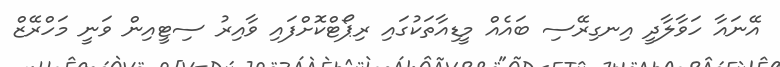
އޭނައާ ހަވާލާދީ އިނގިރޭސި ބައެއް މީޑިއާތަކުގައި ރިޕޯޓްކޮށްފައި ވާއިރު ސިޓީއިން ވަނީ މަހްރޭޒް